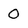
Character: 0